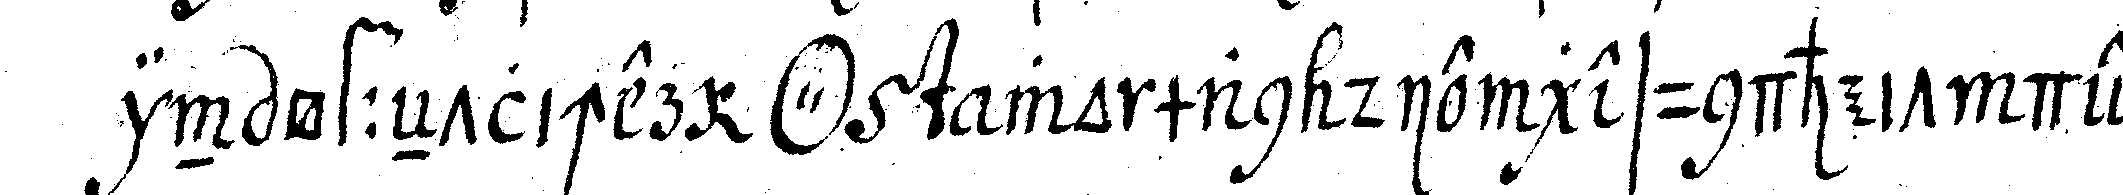
in öffeNtlicher *tri..*  wo man die gesundheit der